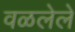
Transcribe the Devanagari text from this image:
वळलेले